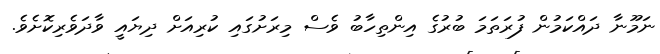
ނަމޫނާ ދައްކަމުން ފުރަތަމަ ބުރުގެ އިންތިހާބު ވެސް މިރަށުގައި ކުރިއަށް ދިޔައީ ވާދަވެރިކޮށެވެ.